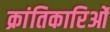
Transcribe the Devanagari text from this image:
क्रांतिकारिओं